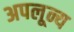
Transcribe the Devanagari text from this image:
अपलून्य